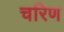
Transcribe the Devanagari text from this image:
चरिण